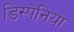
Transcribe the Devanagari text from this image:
डिस्पेनिया